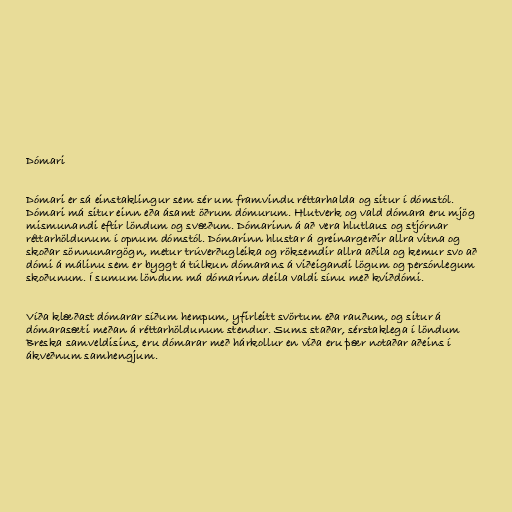
Dómari

Dómari er sá einstaklingur sem sér um framvindu réttarhalda og situr í dómstól.
Dómari má situr einn eða ásamt öðrum dómurum. Hlutverk og vald dómara eru mjög
mismunandi eftir löndum og svæðum. Dómarinn á að vera hlutlaus og stjórnar
réttarhöldunum í opnum dómstól. Dómarinn hlustar á greinargerðir allra vitna og
skoðar sönnunargögn, metur trúverðugleika og röksemdir allra aðila og kemur svo að
dómi á málinu sem er byggt á túlkun dómarans á viðeigandi lögum og persónlegum
skoðunum. Í sumum löndum má dómarinn deila valdi sínu með kviðdómi.

Víða klæðast dómarar síðum hempum, yfirleitt svörtum eða rauðum, og situr á
dómarasæti meðan á réttarhöldunum stendur. Sums staðar, sérstaklega í löndum
Breska samveldisins, eru dómarar með hárkollur en víða eru þær notaðar aðeins í
ákveðnum samhengjum.